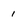
Character: 1